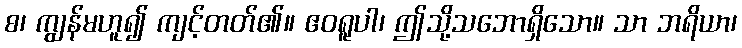
စ၊ ကျွန်မဟူ၍ ကျင့်တတ်၏။ ဧဝရူပါ၊ ဤသို့သဘောရှိသော။ သာ ဘရိယာ၊